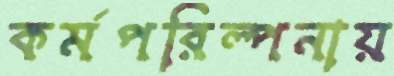
কর্মপরিল্পনায়